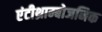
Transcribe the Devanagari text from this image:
एंटीथ्राम्बोजनिक